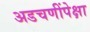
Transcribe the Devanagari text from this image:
अडचणींपेक्षा